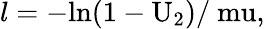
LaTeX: l=-\mathrm{{ln}(1-U_{2})/\ mu,}